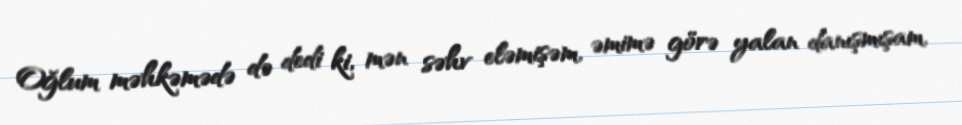
Oğlum məhkəmədə də dedi ki, mən səhv eləmişəm, əmimə görə yalan danışmışam,